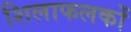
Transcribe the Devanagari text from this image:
शिलाफलकों